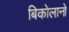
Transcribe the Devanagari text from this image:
बिकोलानो